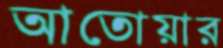
আতোয়ার